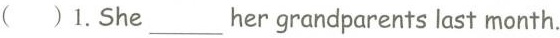
( )1.She___her grandparents last month.